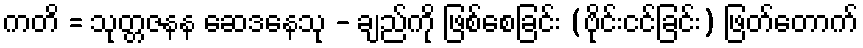
ကတိ = သုတ္တဇနန ဆေဒနေသု - ချည်ကို ဖြစ်စေခြင်း (ဗိုင်းငင်ခြင်း) ဖြတ်တောက်